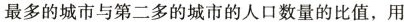
最多的城市与第二多的城市的人口数量的比值，用